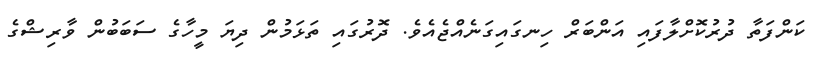
ކަންފަތާ ދުރުކޮށްލާފައި އަންބަރް ހިނގައިގަނެއްޖެއެވެ. ދޮރުގައި ތަޅަމުން ދިޔަ މީހާގެ ސަބަބުން ވާރިޝްގެ